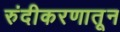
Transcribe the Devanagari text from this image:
रुंदीकरणातून